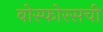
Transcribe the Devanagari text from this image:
बोस्फोरसची